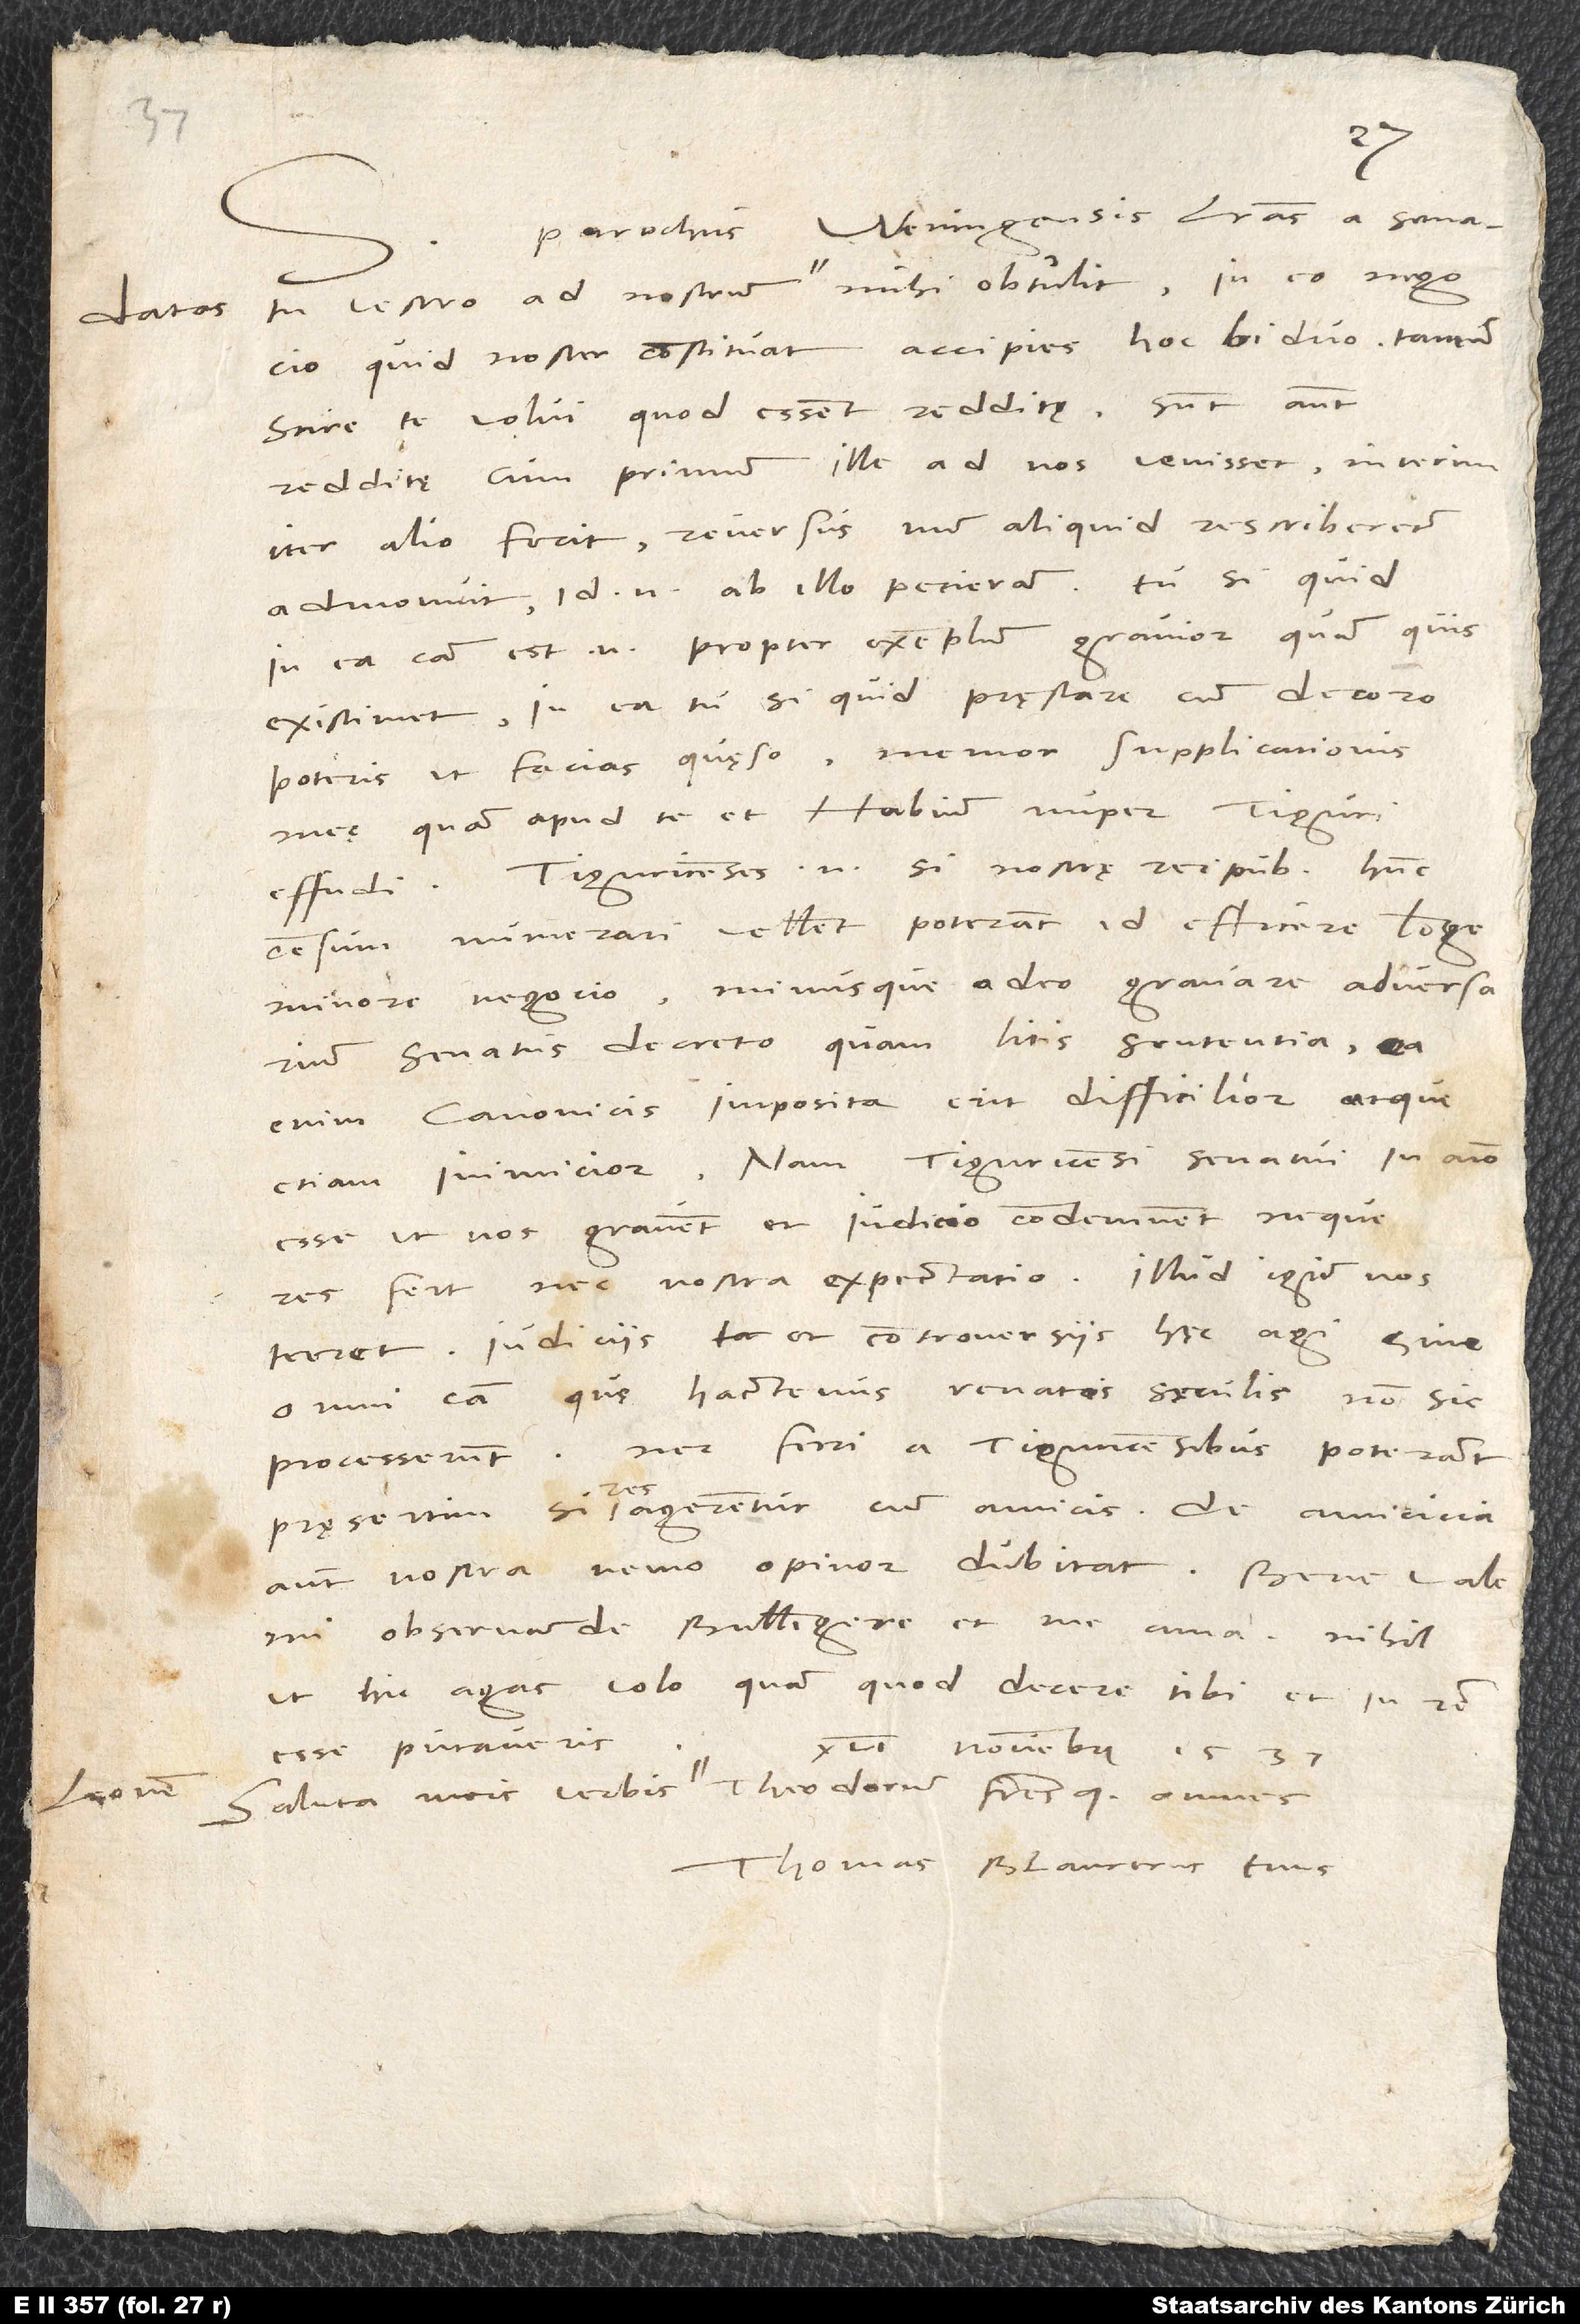
datas

S.
Parochus Weningensis litteras senatu
quid noster constituat, accipies hoc biduo. Tantum
scire te volui, quod essent redditę; sunt autem
redditę, cum primum ille ad nos venisset. Interim
iter alio fecit; reversus, num aliquid rescriberetur,
admonuit; id enim ab illo petieram. Tu si quid
in ea causa - est enim propter exemplum gravior, quam quis
existimet - in ea tu si quid pręstare cum decoro
poteris, ut facias, quęso, memor supplicationis
meę, quam apud te et Habium nuper Tiguri
effudi. Tiguricenses enim si nostrę reipublicae hunc
censum numerari vellent, poterant id efficere longe
minore negocio minusque adeo gravare adversarium
senatus decreto quam litis sententia. Ea
enim canonicis imposita erit difficilior atque
etiam inimicior; nam Tiguricensi senatui in animo
esse, ut nos gravent et iudicio condemnent, neque
res fert nec nostra expectatio. Illud igitur nos
terret iudiciis et controversiis hęc agi sine
omni caussa, quae hactenus renatis sęculis non sic
processerunt nec fieri a Tiguricensibus poterant,
pręsertim si res agerentur cum amicis. De amicicia
autem nostra nemo, opinor, dubitat. Bene vale,
mi observande Bullingere, et me ama. Nihil
ut hic agas, volo, quam quod decere tibi et in rem
esse putaveris.
16. novembris 1537.
Saluta meis verbis Leonem, Theodorum fratresque omnes.
Thomas Blaurerus tuus.